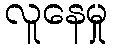
လူနေမှု